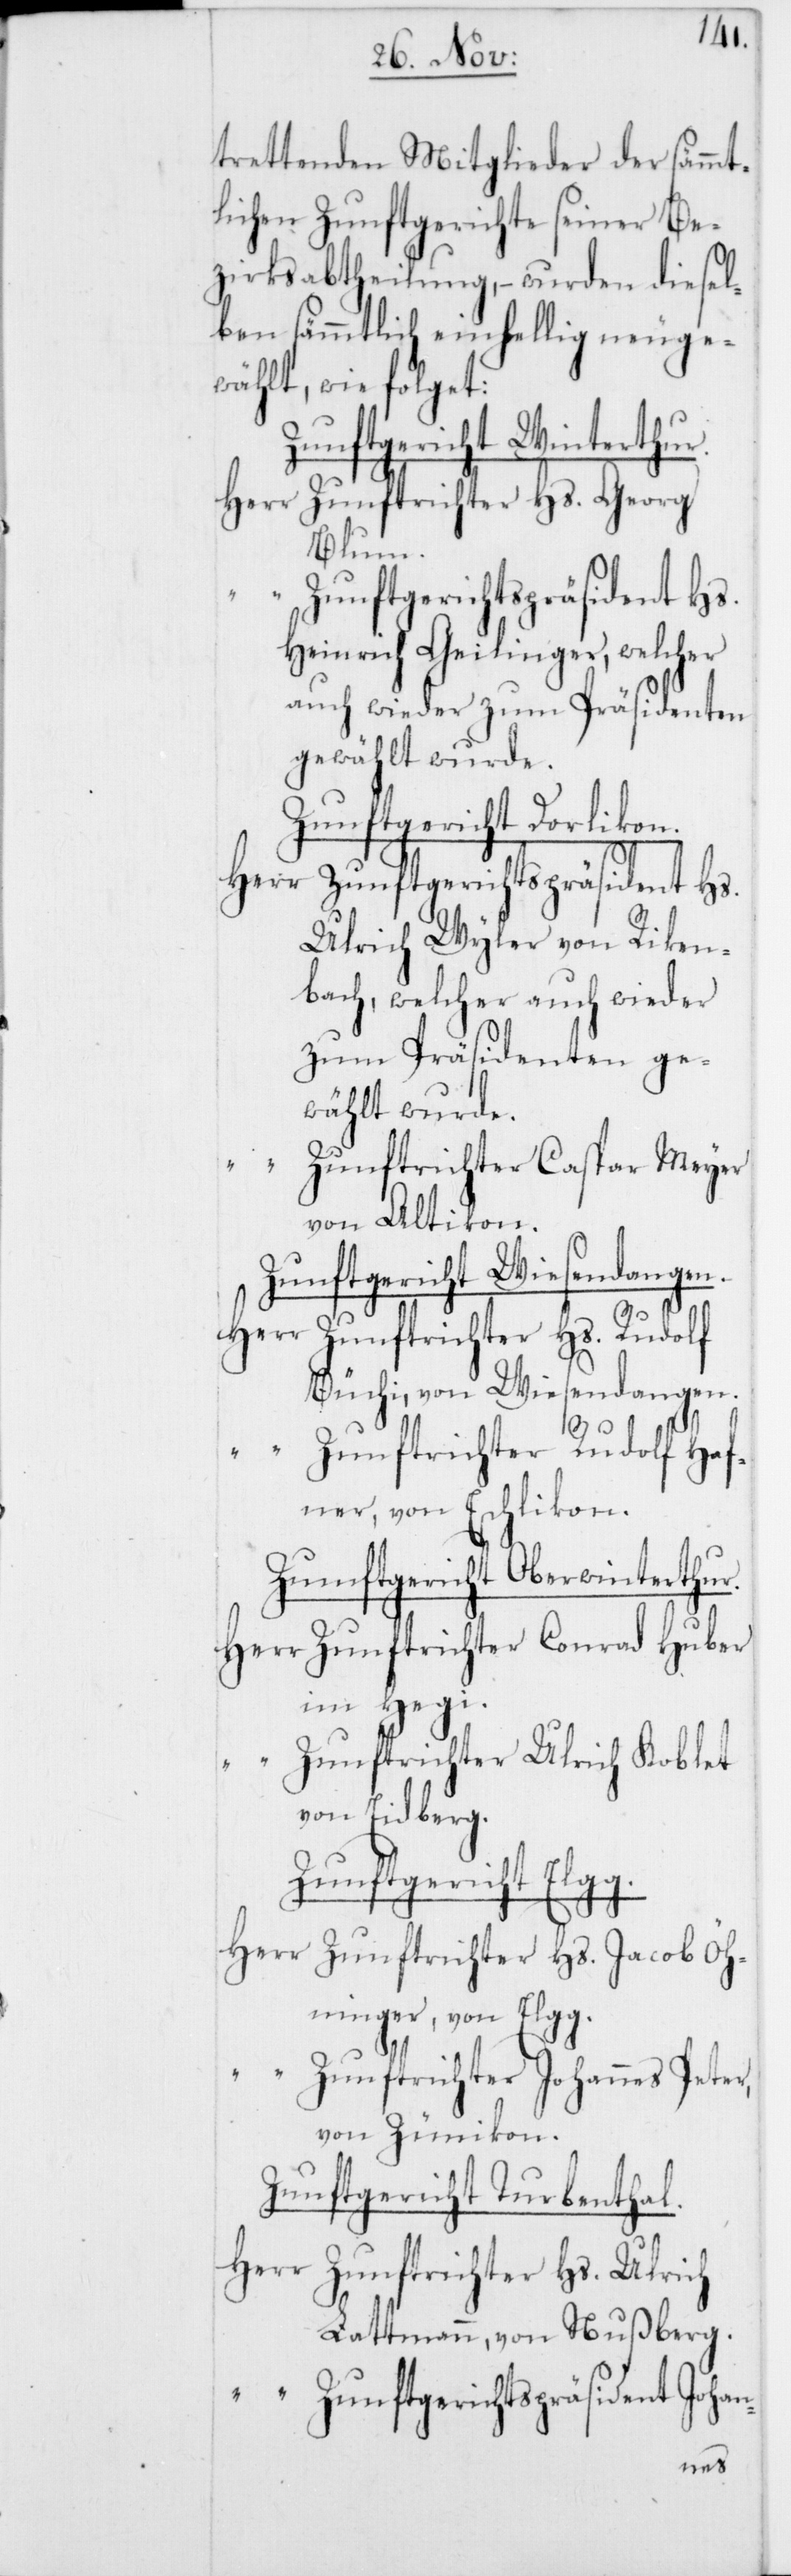
trettenden Mitglieder der sämmt¬
lichen Zunftgerichte seiner Be¬
zirksabtheilung, – wurden diesel¬
ben sämmtlich einhellig neuge¬
wählt, wie folget:
Zunftgericht Winterthur.
Herr Zunftrichter Hs. Georg
Blum.
“ Zunftgerichtspräsident Hs.
Heinrich Geilinger, welcher
auch wieder zum Präsidenten
gewählt wurde.
Zunftgericht Dorlikon.
Herr Zunftgerichtspräsident Hs.
Ulrich Wyler von Riken¬
bach, welcher auch wieder
zum Präsidenten ge¬
wählt wurde.
“
Zunftrichter Caspar Meyer,
von Altikon.
Zunftgericht Wiesendangen.
Herr Zunftrichter Hs. Rudolf
Büchi, von Wiesendangen.
“ Zunftrichter Rudolf Ha¬
fner, von Eschlikon.
Zunftgericht Oberwinterthur.
Herr Zunftrichter Conrad Hu¬
im Hegi.
“ Zunftrichter Ulrich Koblet,
von Eidberg.
Zunftgericht Elgg.
Herr Zunftrichter Hs. Jacob Öh¬
ninger, von Elgg.
“
Zunftrichter Johannes Peter,
von Zünikon.
Zunftgericht Turbenthal.
Herr Zunftrichter Hs. Ulrich
Lattmann, von Nußberg.
“ Zunftgerichtspräsident Johan-
ber,